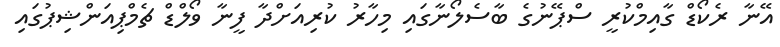
އޭނާ ރެކޯޑް ގާއިމްކުރީ ސްޕޭނުގެ ބާސެލޯނާގައި މިހާރު ކުރިއަށްދާ ފީނާ ވޯލްޑް ޗެމްޕިއަންޝިޕުގައި